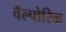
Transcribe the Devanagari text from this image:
वैल्पोरिक